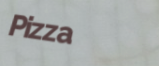
Pizza